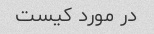
در مورد کیست